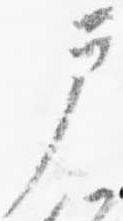
戸